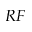
_ { R F }